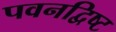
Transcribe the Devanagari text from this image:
पवनद्विष्ट